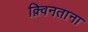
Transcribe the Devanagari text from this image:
क़्विनताना